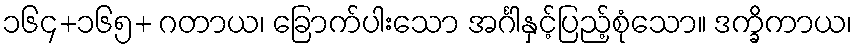
၁၆၄+၁၆၅+ ဂတာယ၊ ခြောက်ပါးသော အင်္ဂါနှင့်ပြည့်စုံသော။ ဒက္ခိကာယ၊